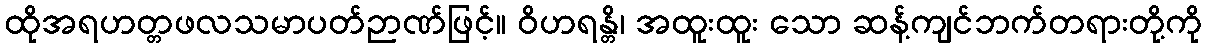
ထိုအရဟတ္တဖလသမာပတ်ဉာဏ်ဖြင့်။ ဝိဟရန္တိ၊ အထူးထူး သော ဆန့်ကျင်ဘက်တရားတို့ကို